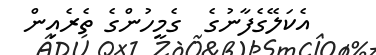
އެކަލޭގެފާނުގެ  ގެމީހުންގެ ތެރެއިން